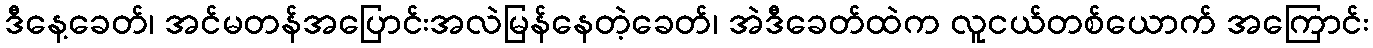
ဒီနေ့ခေတ်၊ အင်မတန်အပြောင်းအလဲမြန်နေတဲ့ခေတ်၊ အဲဒီခေတ်ထဲက လူငယ်တစ်ယောက် အကြောင်း